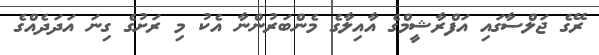
ރޭގެ ޖަލްސާގައި އަފްރާޝީމްގެ އާއިލާގެ މެންބަރުންނާ އެކު މި ރަށުގެ ގިނަ އަދަދެއްގެ